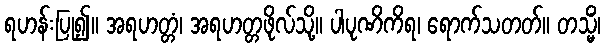
ရဟန်းပြု၍။ အရဟတ္တံ၊ အရဟတ္တဖိုလ်သို့။ ပါပုဏိကိရ၊ ရောက်သတတ်။ တသ္မိံ၊